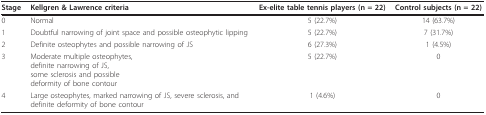
<table><thead><tr><td><b>Stage</b></td><td><b>Kellgren &amp; Lawrence criteria</b></td><td><b>Ex-elite table tennis players (n = 22)</b></td><td><b>Control subjects (n = 22)</b></td></tr></thead><tbody><tr><td>0</td><td>Normal</td><td>5 (22.7%)</td><td>14 (63.7%)</td></tr><tr><td>1</td><td>Doubtful narrowing of joint space and possible osteophytic lipping</td><td>5 (22.7%)</td><td>7 (31.7%)</td></tr><tr><td>2</td><td>Definite osteophytes and possible narrowing of JS</td><td>6 (27.3%)</td><td>1 (4.5%)</td></tr><tr><td>3</td><td>Moderate multiple osteophytes,definite narrowing of JS,some sclerosis and possibledeformity of bone contour</td><td>5 (22.7%)</td><td>0</td></tr><tr><td>4</td><td>Large osteophytes, marked narrowing of JS, severe sclerosis, and definite deformity of bone contour</td><td>1 (4.6%)</td><td>0</td></tr></tbody></table>